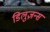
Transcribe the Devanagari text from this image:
डिलुज़न्स